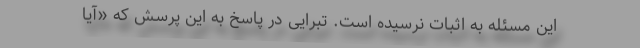
این مسئله به اثبات نرسیده است. تبرایی در پاسخ به این پرسش که «آیا